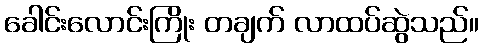
ခေါင်းလောင်းကြိုး တချက် လာထပ်ဆွဲသည်။